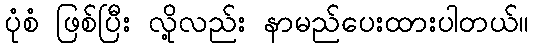
ပုံစံ ဖြစ်ပြီး လို့လည်း နာမည်ပေးထားပါတယ်။